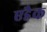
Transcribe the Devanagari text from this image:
एडैक